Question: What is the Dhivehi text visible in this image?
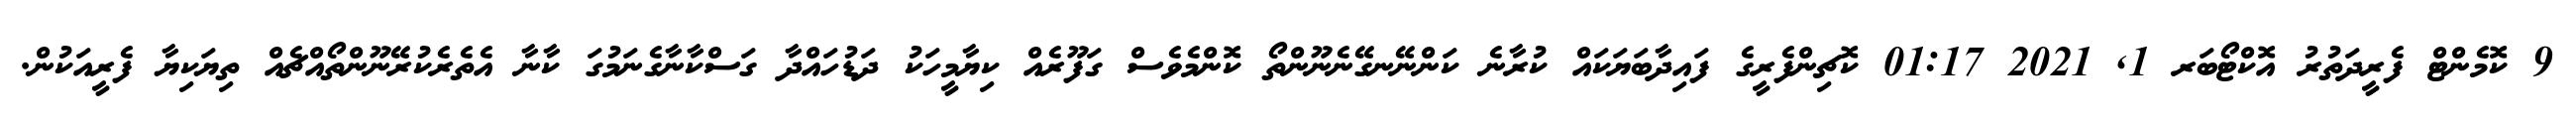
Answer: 9 ކޮމެންޓް ފެރީދަތުރު އޮކްޓޯބަރ 1, 2021 01:17 ކޮޗިންފެރީގެ ފައިދާބަޔަކައް ކުރާނެ ކަންނޭނގޭނެނޫންތޯ ކޮންމެވެސް ގަފޫރެއް ކިޔާމީހަކު ދަޑުހައްދާ ގަސްކާނާގެނަމުގަ ކާނާ އެތެރެކުރޭނޫންތޯއްޗެއް ތިޔަކިޔާ ފެރީއަކުން.